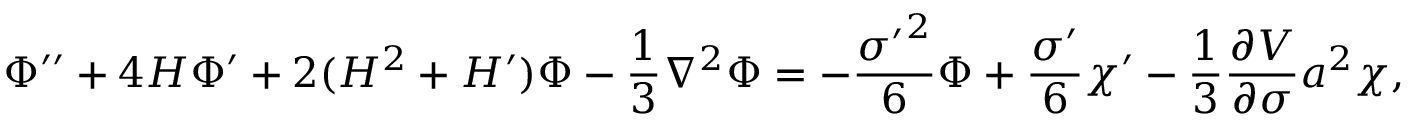
\Phi ^ { \prime \prime } + 4 { \cal H } \Phi ^ { \prime } + 2 ( { \cal H } ^ { 2 } + { \cal H } ^ { \prime } ) \Phi - \frac { 1 } { 3 } \nabla ^ { 2 } \Phi = - \frac { { \sigma ^ { \prime } } ^ { 2 } } { 6 } \Phi + \frac { \sigma ^ { \prime } } { 6 } \chi ^ { \prime } - \frac { 1 } { 3 } \frac { \partial V } { \partial \sigma } a ^ { 2 } \chi ,